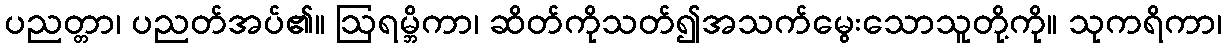
ပညတ္တာ၊ ပညတ်အပ်၏။ ဩရမ္ဘိကာ၊ ဆိတ်ကိုသတ်၍အသက်မွေးသောသူတို့ကို။ သုကရိကာ၊